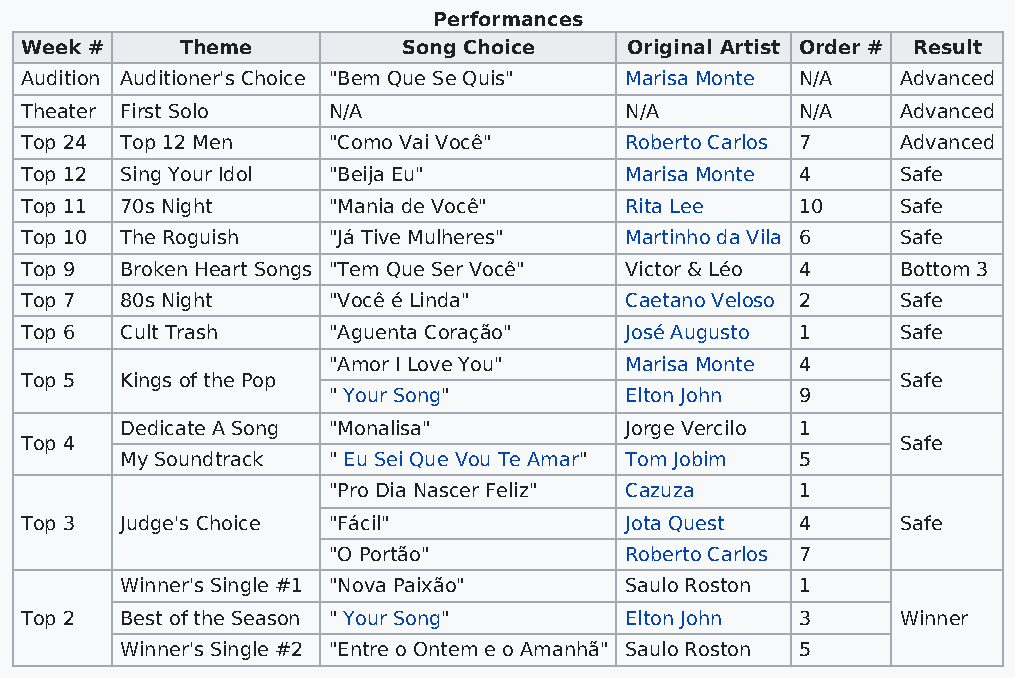
Performances
 Week #     Theme          Song Choice   Original Artist Order # Result
 Audition Auditioner's Choice "Bem Que Se Quis" Marisa Monte N/A Advanced
 Theater First Solo   N/A                N/A         N/A    Advanced
 Top 24 Top 12 Men    "Como Vai Você"    Roberto Carlos 7   Advanced
 Top 12 Sing Your Idol "Beija Eu"        Marisa Monte 4     Safe
 Top 11 70s Night     "Mania de Você"    Rita Lee    10     Safe
 Top 10 The Roguish   "Já Tive Mulheres" Martinho da Vila 6 Safe
 Top 9  Broken Heart Songs "Tem Que Ser Você" Victor & Léo 4 Bottom 3
 Top 7  80s Night     "Você é Linda"     Caetano Veloso 2   Safe
 Top 6  Cult Trash    "Aguenta Coração"  José Augusto 1     Safe
 "Amor I Love You"  Marisa Monte 4
 Top 5  Kings of the Pop                                    Safe
 " Your Song"       Elton John  9
 Dedicate A Song "Monalisa"       Jorge Vercilo 1
 Top 4                                                      Safe
 My Soundtrack " Eu Sei Que Vou Te Amar" Tom Jobim 5
 "Pro Dia Nascer Feliz" Cazuza  1
 Top 3  Judge's Choice "Fácil"           Jota Quest  4      Safe
 "O Portão"         Roberto Carlos 7
 Winner's Single #1 "Nova Paixão" Saulo Roston 1
 Top 2  Best of the Season " Your Song"  Elton John  3      Winner
 Winner's Single #2 "Entre o Ontem e o Amanhã" Saulo Roston 5